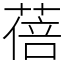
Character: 蓓